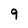
Character: 9